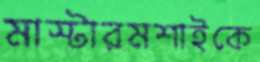
মাস্টারমশাইকে